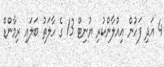
4 އަދި ފަހުން އިއުލާންކުރި ޔުނިޓް 13 ގެ ހާލަތު ބަލައި ރިމާންޑް